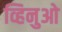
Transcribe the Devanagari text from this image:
व्हिनुओ